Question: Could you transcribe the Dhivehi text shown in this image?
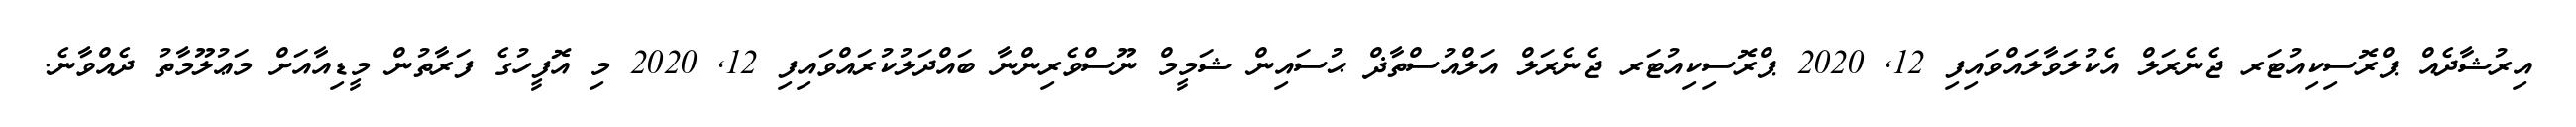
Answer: އިރުޝާދެއް ޕްރޮސިކިއުޓަރ ޖެނެރަލް އެކުލަވާލައްވައިފި 12, 2020 ޕްރޮސިކިއުޓަރ ޖެނެރަލް އަލްއުސްތާޛް ޙުސައިން ޝަމީމް ނޫސްވެރިންނާ ބައްދަލުކުރައްވައިފި 12, 2020 މި އޮފީހުގެ ފަރާތުން މީޑިއާއަށް މަޢުލޫމާތު ދެއްވާނެ.